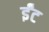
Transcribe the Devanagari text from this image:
र्इंट